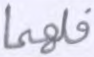
فلهما